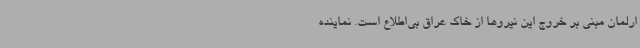
ارلمان مبنی بر خروج این نیروها از خاک عراق بی‌اطلاع است. نماینده